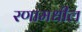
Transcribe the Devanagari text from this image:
रणामधील